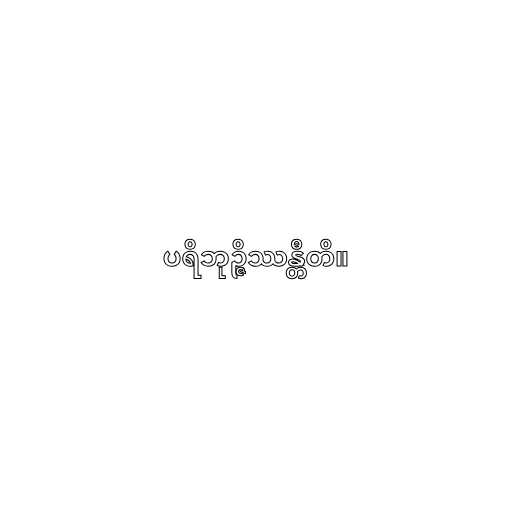
ပရိဘုဉ္ဇိဿန္တီတိ။